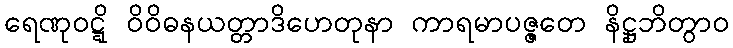
ရေဏုဝဋ္ဋိ ဝိဝိဓနယတ္တာဒိဟေတုနာ ကာရမာပဇ္ဇတေ နိဋ္ဌုဘိတွာဝ